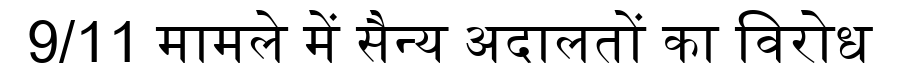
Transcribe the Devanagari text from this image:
9/11 मामले में सैन्य अदालतों का विरोध